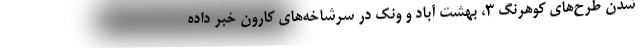
شدن طرح‌های کوهرنگ ۳، بهشت آباد و ونک در سرشاخه‌های کارون خبر داده